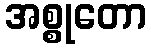
အစ္စုတော